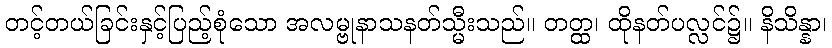
တင့်တယ်ခြင်းနှင့်ပြည့်စုံသော အလမ္ဗုနာသနတ်သ္မီးသည်။ တတ္ထ၊ ထိုနတ်ပလ္လင်၌။ နိသိန္နာ၊